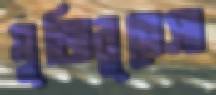
মুজিবুন্নেসা